Indian journal of veterinary science and animal husbandry - Volume 4,
Year: 1934
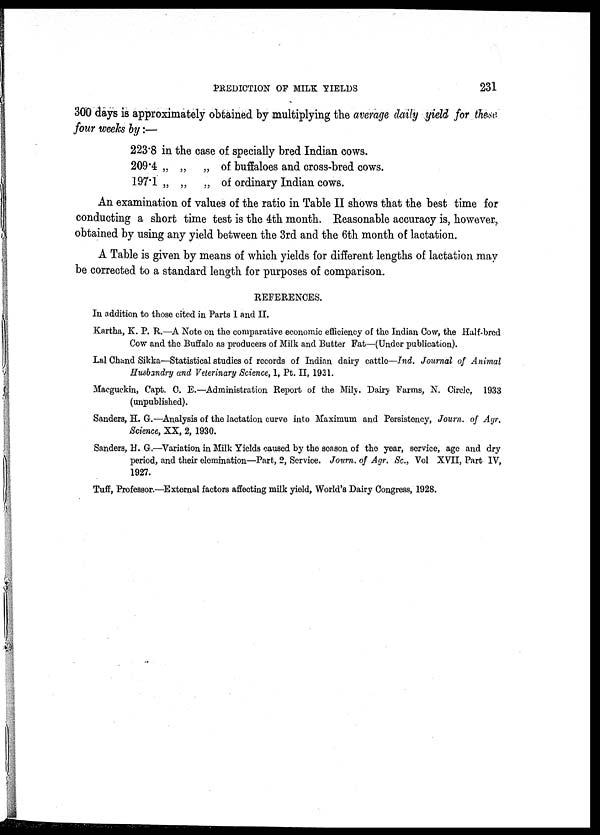
PREDICTION OF MILK YIELDS
231
300 days is approximately obtained by multiplying the average daily yield for these
four weeks by :—
223.8 in the case of specially bred Indian cows.
209.4 „ „ „ of buffaloes and cross-bred cows.
197.1 „ „ „ of ordinary Indian cows.
An examination of values of the ratio in Table II shows that the best time for
conducting a short time test is the 4th month. Reasonable accuracy is, however,
obtained by using any yield between the 3rd and the 6th month of lactation.
A Table is given by means of which yields for different lengths of lactation may
be corrected to a standard length for purposes of comparison.
REFERENCES.
In addition to those cited in Parts I and II.
Kartha, K. P. R.—A Note on the comparative economic efficiency of the Indian Cow, the Half-bred
Cow and the Buffalo as producers of Milk and Butter Fat—(Under publication).
Lal Chand Sikka—Statistical studies of records of Indian dairy cattle—Ind. Journal of Animal
Husbandry and Veterinary Science, I, Pt. II, 1931.
Macguckin, Capt. C. E.—Administration Report of the Mily. Dairy Farms, N. Circle, 1933
(unpublished).
Sanders, H. G.—Analysis of the lactation curve into Maximum and Persistency, Journ. of Agr.
Science, XX, 2, 1930.
Sanders, H. G.—Variation in Milk Yields caused by the season of the year, service, age and dry
period, and their elemination—Part, 2, Service. Journ. of Agr. Sc., Vol XVII, Part IV,
1927.
Tuff, Professor.—External factors affecting milk yield, World's Dairy Congress, 1928.